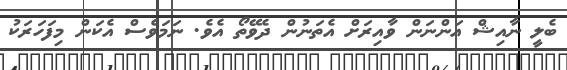
ބެލީ ނާއިޝް އަންނަން ވާއިރަށް އެތަނުން ދެވޭތޯ އެވެ. ނަމަވެސް އެކަން މިފަހަރަކު